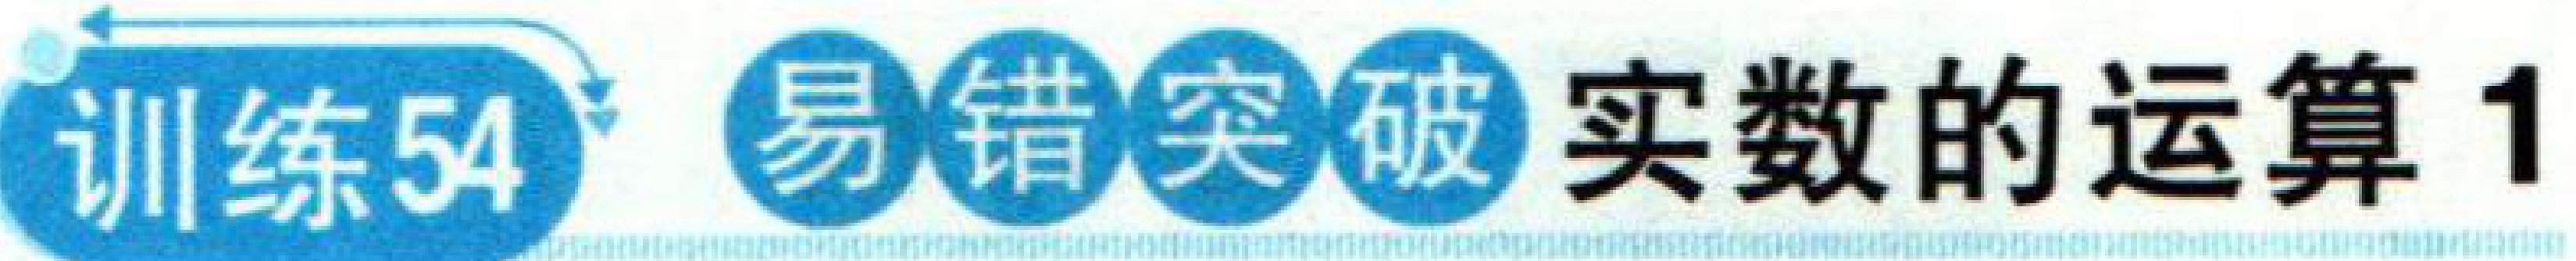
训练54 易错突破 实数的运算1